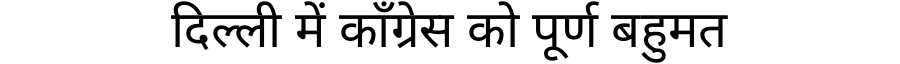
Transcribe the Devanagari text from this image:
दिल्ली में काँग्रेस को पूर्ण बहुमत